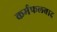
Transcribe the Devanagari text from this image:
कर्मफलवाद